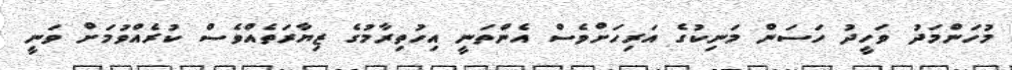
މުހަންމަދު ވަހީދު ހަސަން މަނިކުގެ އަރިހަށްވެސް އެންތަނީ އިހުތިރާމުގެ ޒިޔާރަތެއްވެސް ކުރެއްވުމަށް ވަނީ